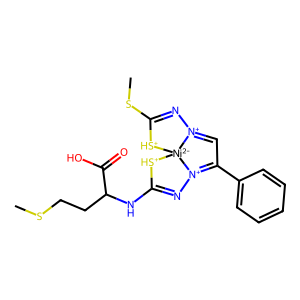
SMILES: CSCCC(NC1=N[N+]2=C(c3ccccc3)C=[N+]3N=C(SC)[SH+][Ni-2]32[SH+]1)C(=O)O
Inhibits HIV replication: No